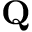
\mathbf { Q }